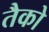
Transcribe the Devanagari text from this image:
तैको